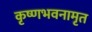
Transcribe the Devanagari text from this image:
कृष्णभवनामृत